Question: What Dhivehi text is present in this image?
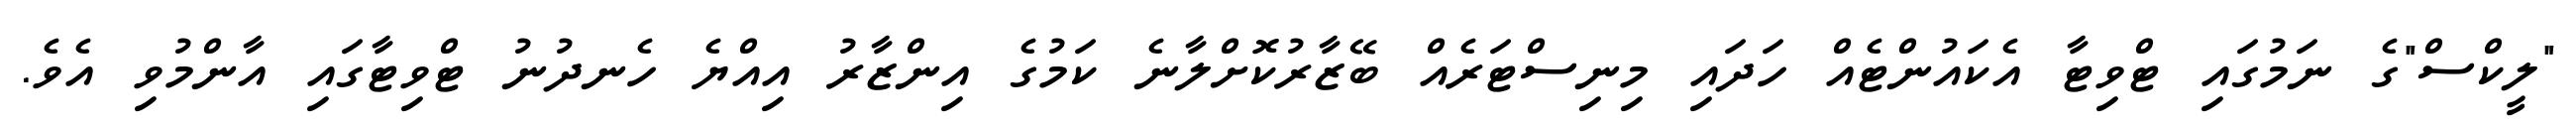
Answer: "ލީކްސް"ގެ ނަމުގައި ޓްވިޓާ އެކައުންޓެއް ހަދައި މިނިސްޓަރެއް ބޭޒާރުކޮށްލާނެ ކަމުގެ އިންޒާރު އިއްޔެ ހެނދުނު ޓްވިޓާގައި އާންމުވި އެވެ.